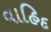
વાહિદ